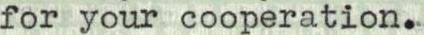
for your cooperation.